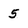
Character: 5